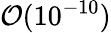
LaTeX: \mathcal{O}(10^{-10})